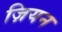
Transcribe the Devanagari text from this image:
ज़ियन